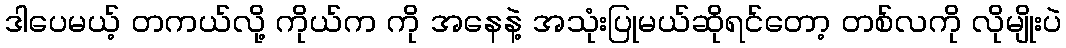
ဒါပေမယ့် တကယ်လို့ ကိုယ်က ကို အနေနဲ့ အသုံးပြုမယ်ဆိုရင်တော့ တစ်လကို လိုမျိုးပဲ